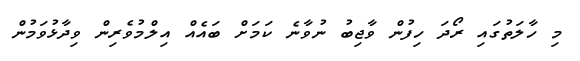
މި ހާލަތުގައި ރޯދަ ހިފުން ވާޖިބު ނުވާނެ ކަމަށް ބައެއް އިލްމުވެރިން ވިދާޅުވަމުން